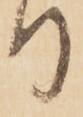
日